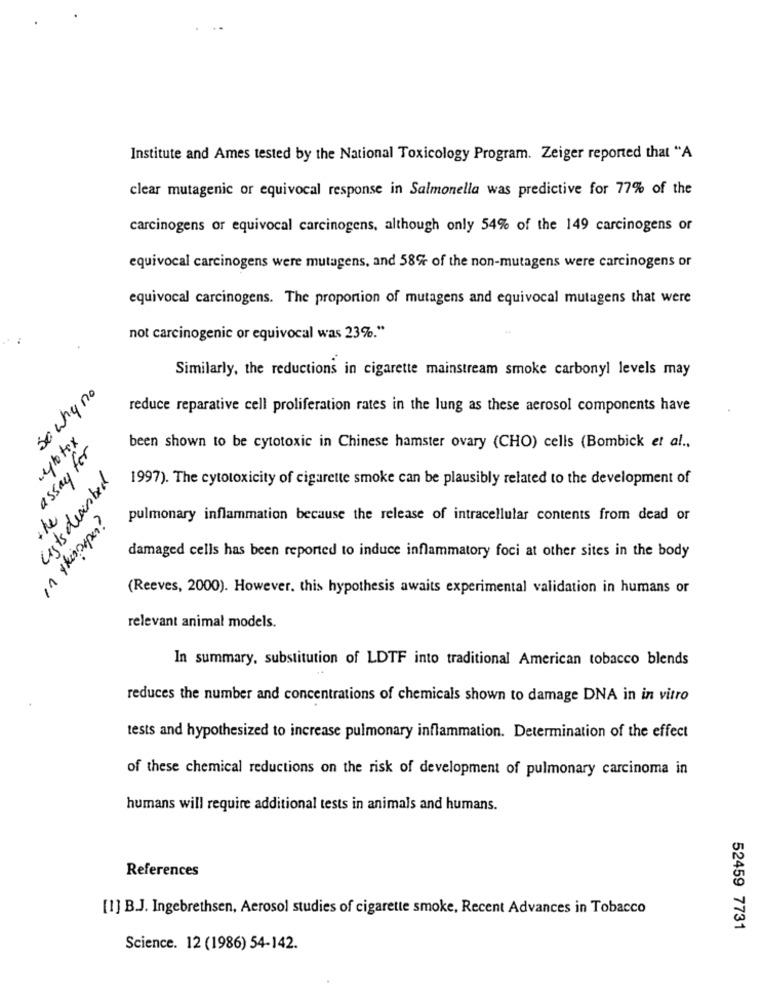
Institute and Ames tested by the National Toxicology Program. Zeiger reported that "A
clear mutagenic or equivocal response in Salmonella was predictive for 77% of the
carcinogens or equivocal carcinogens, although only 54% of the 149 carcinogens or
equivocal carcinogens were mutagens, and 58% of the non-mutagens were carcinogens or
equivocal carcinogens. The proportion of mutagens and equivocal mutagens that were
not carcinogenic or equivocal was 23%."
Similarly, the reductions in cigarette mainstream smoke carbonyl levels may
so why no
reduce reparative cell proliferation rates in the lung as these aerosol components have
wybotox
assay for
been shown to be cytotoxic in Chinese hamster ovary (CHO) cells (Bombick et al .,
Lists dearbed
1997). The cytotoxicity of cigarette smoke can be plausibly related to the development of
the
in thispaper?
pulmonary inflammation because the release of intracellular contents from dead or
damaged cells has been reported to induce inflammatory foci at other sites in the body
(Reeves, 2000). However, this hypothesis awaits experimental validation in humans or
relevant animal models.
In summary, substitution of LDTF into traditional American tobacco blends
reduces the number and concentrations of chemicals shown to damage DNA in in vitro
tests and hypothesized to increase pulmonary inflammation. Determination of the effect
of these chemical reductions on the risk of development of pulmonary carcinoma in
humans will require additional tests in animals and humans.
References
[1] B.J. Ingebrethsen, Aerosol studies of cigarette smoke, Recent Advances in Tobacco
52459 7731
Science. 12 (1986) 54-142.